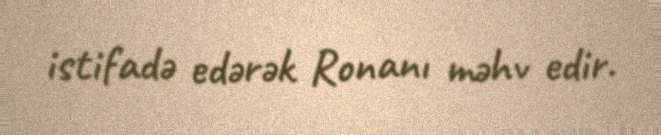
istifadə edərək Ronanı məhv edir.